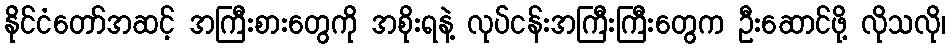
နိုင်ငံတော်အဆင့် အကြီးစားတွေကို အစိုးရနဲ့ လုပ်ငန်းအကြီးကြီးတွေက ဦးဆောင်ဖို့ လိုသလို၊